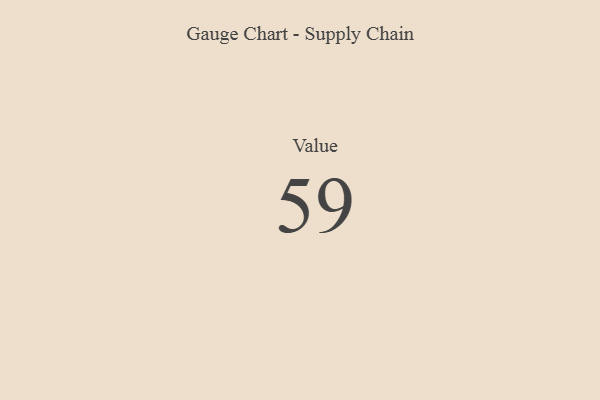
{"axis": {"x": "Metric", "y": "Value"}, "legend": [""], "data": [{"x": "Value", "y": 59, "type": ""}]}